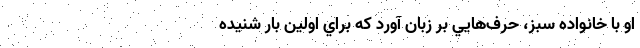
او با خانواده سبز، حرف‌هايي بر زبان آورد كه براي اولين بار شنيده